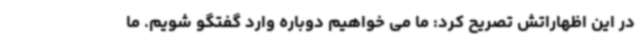
در این اظهاراتش تصریح کرد: ما می خواهیم دوباره وارد گفتگو شویم. ما